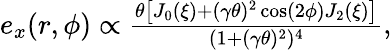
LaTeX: \begin{array}{r}{e_{x}(r,\phi)\propto\frac{\theta\left[J_{0}\left(\xi\right)+(\gamma\theta)^{2}\cos(2\phi)J_{2}\left(\xi\right)\right]}{(1+(\gamma\theta)^{2})^{4}},}\end{array}